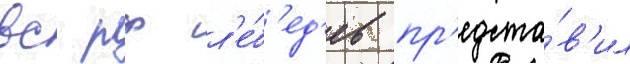
вс рф л'е́б'ед'ев пр'едста́в'ил